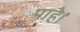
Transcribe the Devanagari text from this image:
पाहे।